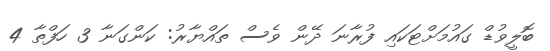
ބޮލީވުޑް ގައުމަށްޓަކައި ފުރާނަ ދޭން ވެސް ތައްޔާރު: ކަންގަނާ 3 ހަފްތާ 4